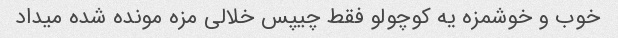
خوب و خوشمزه یه کوچولو فقط چیپس خلالی مزه مونده شده میداد